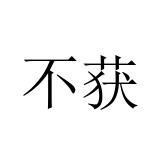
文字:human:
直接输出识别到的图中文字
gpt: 不获